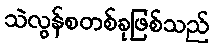
သဲလွန်စတစ်ခုဖြစ်သည်